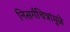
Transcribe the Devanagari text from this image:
निसर्गचित्रांमुळे